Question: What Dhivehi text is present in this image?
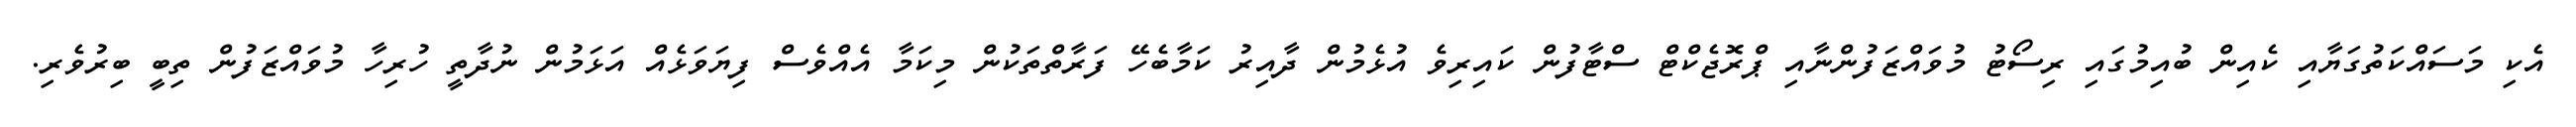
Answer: އެކި މަސައްކަތުގަޔާއި ކެއިން ބުއިމުގައި ރިސޯޓު މުވައްޒަފުންނާއި ޕްރޮޖެކްޓް ސްޓާފުން ކައިރިވެ އުޅެމުން ދާއިރު ކަމާބެހޭ ފަރާތްތަކުން މިކަމާ އެއްވެސް ފިޔަވަޅެއް އަޅަމުން ނުދާތީ ހުރިހާ މުވައްޒަފުން ތިބީ ބިރުވެރި.